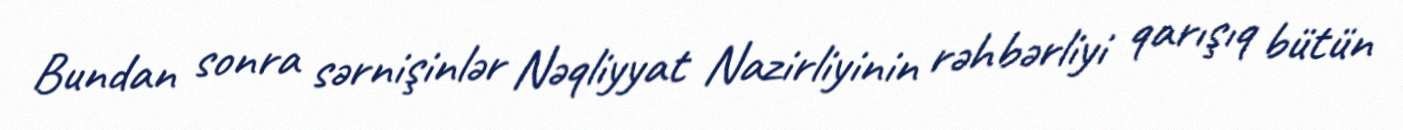
Bundan sonra sərnişinlər Nəqliyyat Nazirliyinin rəhbərliyi qarışıq bütün